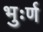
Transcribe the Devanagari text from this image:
भुःर्ण